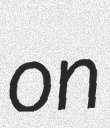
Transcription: on